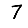
Digit: 7